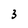
Character: 3